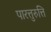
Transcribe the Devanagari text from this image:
पारत्तुरुत्ति